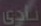
نادی